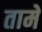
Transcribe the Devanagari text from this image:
तामे